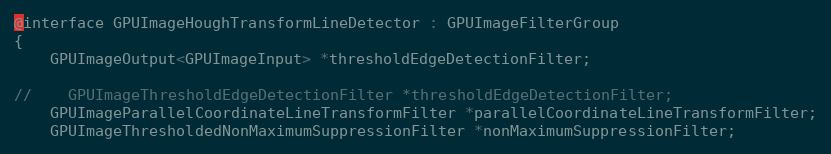
Language: C
@interface GPUImageHoughTransformLineDetector : GPUImageFilterGroup
{
    GPUImageOutput<GPUImageInput> *thresholdEdgeDetectionFilter;

//    GPUImageThresholdEdgeDetectionFilter *thresholdEdgeDetectionFilter;
    GPUImageParallelCoordinateLineTransformFilter *parallelCoordinateLineTransformFilter;
    GPUImageThresholdedNonMaximumSuppressionFilter *nonMaximumSuppressionFilter;